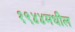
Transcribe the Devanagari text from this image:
१९४४मधील